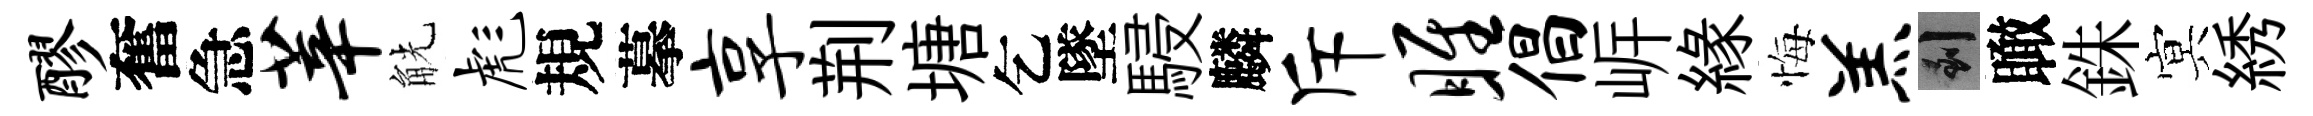
醪奮急莘觥彪規摹享荆塘乞墜駸麟斥雎倡㟁緣悔羔到瞰銖㝠綉